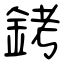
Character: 銬